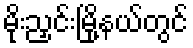
မိုးညှင်းမြို့နယ်တွင်